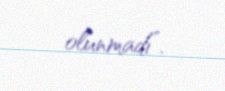
olunmadı”.